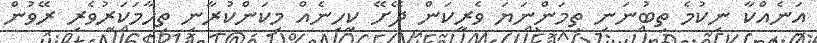
އަނެއްކާ ނިކުމެ ތިބުނަނި ތިމަންނަޔަ ވެރިކަން ދޭށޭ ކިހިނެއް މިކަންކުރާނި ތިހާމަކަރުވެރި ރޭވުން